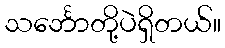
သင်္ဘောတို့ပဲရှိတယ်။